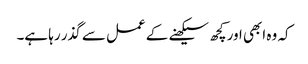
کہ وہ ابھی اور کچھ سیکھنے کے عمل سے گذر رہا ہے۔